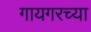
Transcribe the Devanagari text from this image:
गायगरच्या